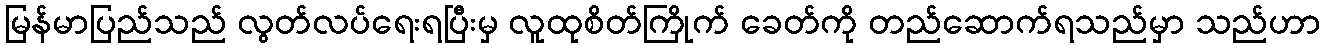
မြန်မာပြည်သည် လွတ်လပ်ရေးရပြီးမှ လူထုစိတ်ကြိုက် ခေတ်ကို တည်ဆောက်ရသည်မှာ သည်ဟာ